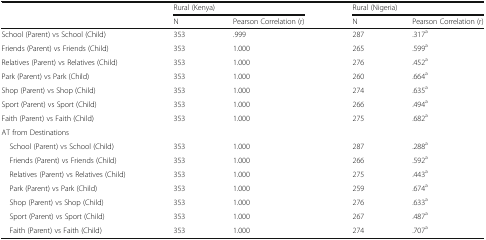
<table><thead><tr><td rowspan="2"></td><td colspan="2"><b>Rural (Kenya)</b></td><td colspan="2"><b>Rural (Nigeria)</b></td></tr><tr><td><b>N</b></td><td><b>Pearson Correlation (r)</b></td><td><b>N</b></td><td><b>Pearson Correlation (r)</b></td></tr></thead><tbody><tr><td>School (Parent) vs School (Child)</td><td>353</td><td>.999</td><td>287</td><td>.317<sup>a</sup></td></tr><tr><td>Friends (Parent) vs Friends (Child)</td><td>353</td><td>1.000</td><td>265</td><td>.599<sup>a</sup></td></tr><tr><td>Relatives (Parent) vs Relatives (Child)</td><td>353</td><td>1.000</td><td>276</td><td>.452<sup>a</sup></td></tr><tr><td>Park (Parent) vs Park (Child)</td><td>353</td><td>1.000</td><td>260</td><td>.664<sup>a</sup></td></tr><tr><td>Shop (Parent) vs Shop (Child)</td><td>353</td><td>1.000</td><td>274</td><td>.635<sup>a</sup></td></tr><tr><td>Sport (Parent) vs Sport (Child)</td><td>353</td><td>1.000</td><td>266</td><td>.494<sup>a</sup></td></tr><tr><td>Faith (Parent) vs Faith (Child)</td><td>353</td><td>1.000</td><td>275</td><td>.682<sup>a</sup></td></tr><tr><td colspan="5">AT from Destinations</td></tr><tr><td> School (Parent) vs School (Child)</td><td>353</td><td>1.000</td><td>287</td><td>.288<sup>a</sup></td></tr><tr><td> Friends (Parent) vs Friends (Child)</td><td>353</td><td>1.000</td><td>266</td><td>.592<sup>a</sup></td></tr><tr><td> Relatives (Parent) vs Relatives (Child)</td><td>353</td><td>1.000</td><td>275</td><td>.443<sup>a</sup></td></tr><tr><td> Park (Parent) vs Park (Child)</td><td>353</td><td>1.000</td><td>259</td><td>.674<sup>a</sup></td></tr><tr><td> Shop (Parent) vs Shop (Child)</td><td>353</td><td>1.000</td><td>276</td><td>.633<sup>a</sup></td></tr><tr><td> Sport (Parent) vs Sport (Child)</td><td>353</td><td>1.000</td><td>267</td><td>.487<sup>a</sup></td></tr><tr><td> Faith (Parent) vs Faith (Child)</td><td>353</td><td>1.000</td><td>274</td><td>.707<sup>a</sup></td></tr></tbody></table>